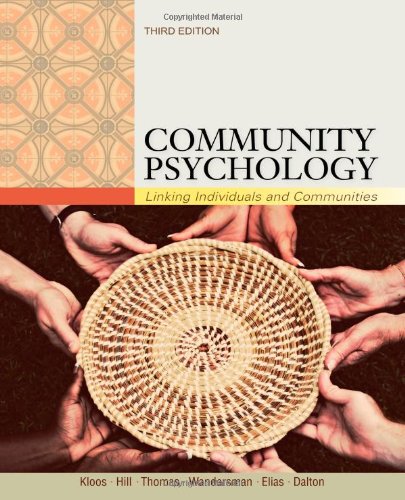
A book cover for Community Psychology: Linking Individuals and Communities; Bret Kloos; Medical Books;